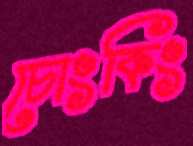
চোংকিং